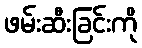
ဖမ်းဆီးခြင်းကို